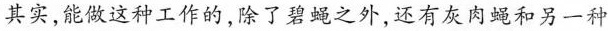
其实，能做这种工作的，除了碧蝇之外，还有灰肉蝇和另一种